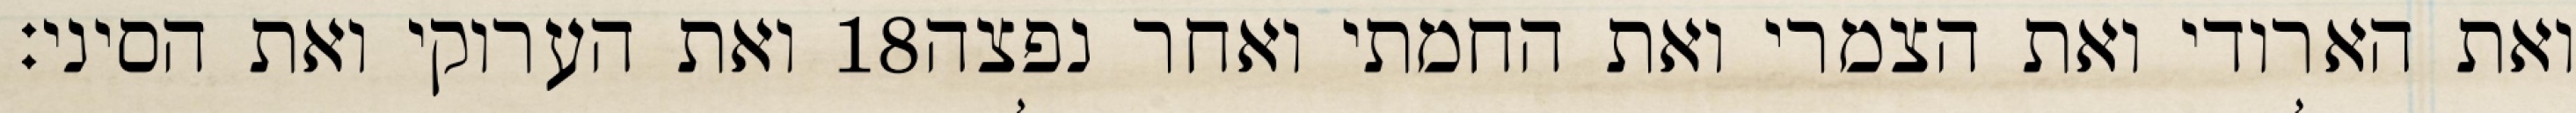
ואת הערוקי ואת הסיני׃ ‎18‏ ואת הארודי ואת הצמרי ואת החמתי ואחר נפצה